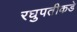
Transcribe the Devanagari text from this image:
रघुपतीकडे